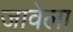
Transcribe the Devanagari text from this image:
जावेला